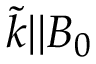
\tilde { k } | | B _ { 0 }